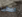
اعطى